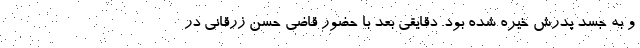
و به جسد پدرش خیره شده بود. دقایقی بعد با حضور قاضی حسن زرقانی در